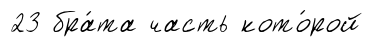
23 бра́та часть кото́рой